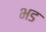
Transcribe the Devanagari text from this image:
भड